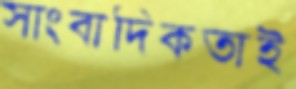
সাংবাদিকতাই